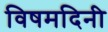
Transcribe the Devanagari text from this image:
विषमदिनी